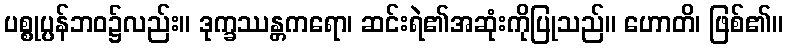
ပစ္စုပ္ပန်ဘဝ၌လည်း။ ဒုက္ခဿန္တကရော၊ ဆင်းရဲ၏အဆုံးကိုပြုသည်။ ဟောတိ၊ ဖြစ်၏။